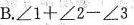
B.$$\angle 1+\angle 2-\angle 3